Annual report of the Punjab Veterinary College and of the Civil Veterinary Department, Punjab - 1920-1925
Year: 1920
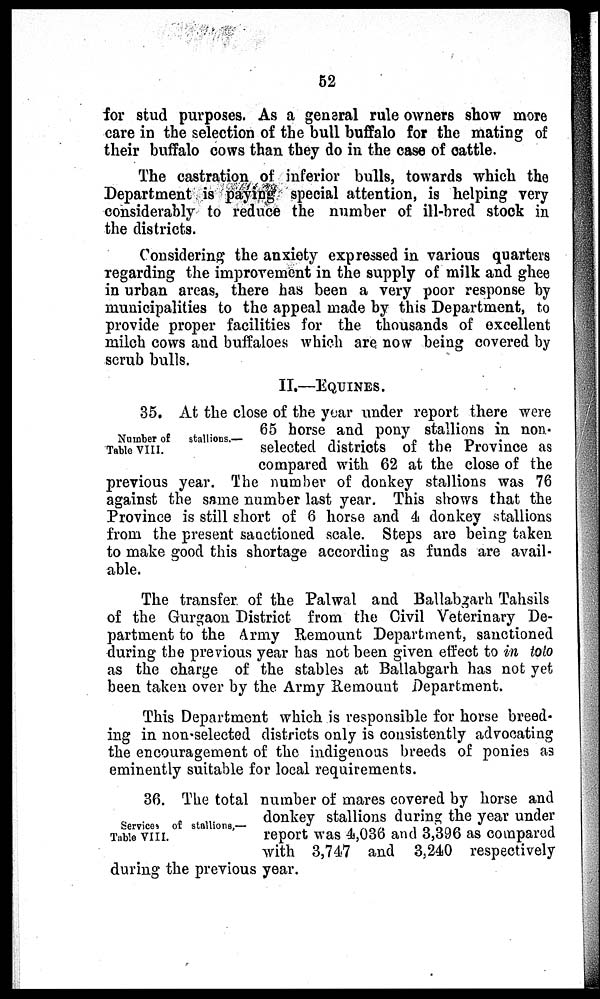
52
for stud purposes. As a general rule owners show more
care in the selection of the bull buffalo for the mating of
their buffalo cows than they do in the case of cattle.
The castration of inferior bulls, towards which the
Department is paying special attention, is helping very
considerably to reduce the number of ill-bred stock in
the districts.
Considering the anxiety expressed in various quarters
regarding the improvement in the supply of milk and ghee
in urban areas, there has been a very poor response by
municipalities to the appeal made by this Department, to
provide proper facilities for the thousands of excellent
milch cows and buffaloes which are now being covered by
scrub bulls.
II.—EQUINES.
Number of
stallions.—
Table VIII.
35. At the close of the year under report there were
65 horse and pony stallions in non-
selected districts of the Province as
compared with 62 at the close of the
previous year. The number of donkey stallions was 76
against the same number last year. This shows that the
Province is still short of 6 horse and 4 donkey stallions
from the present sanctioned scale. Steps are being taken
to make good this shortage according as funds are avail-
able.
The transfer of the Palwal and Ballabgarh Tahsils
of the Gurgaon District from the Civil Veterinary De-
partment to the Army Remount Department, sanctioned
during the previous year has not been given effect to in tolo
as the charge of the stables at Ballabgarh has not yet
been taken over by the Army Remouut Department.
This Department which is responsible for horse breed-
ing in non-selected districts only is consistently advocating
the encouragement of the indigenous breeds of ponies as
eminently suitable for local requirements.
Services of stallions,—
Table VIII.
36. The total number of mares covered by horse and
donkey stallions during the year under
report was 4,036 and 3,396 as compared
with 3,747 and 3,240 respectively
during the previous year.